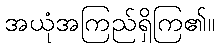
အယုံအကြည်ရှိကြ၏။